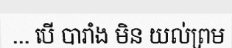
... បើ បារាំង មិន យល់ព្រម